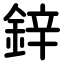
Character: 鋅